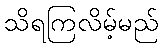
သိရကြလိမ့်မည်